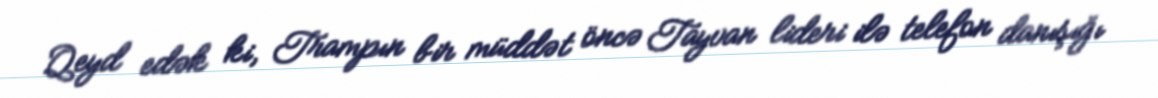
Qeyd edək ki, Trampın bir müddət öncə Tayvan lideri ilə telefon danışığı